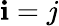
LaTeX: \mathbf{i}=j